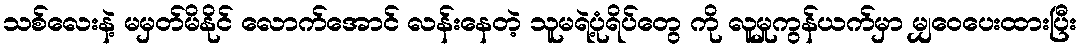
သစ်လေးနဲ့ မမှတ်မိနိုင် လောက်အောင် လန်းနေတဲ့ သူမရဲ့ပုံရိပ်တွေ ကို လူမှုကွန်ယက်မှာ မျှဝေပေးထားပြီး